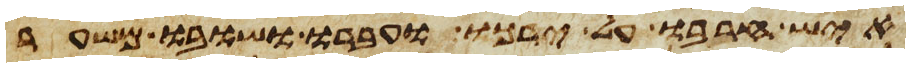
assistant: איש חרבו על ירכו ועברו ושובו משער